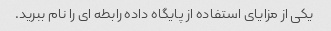
یکی از مزایای استفاده از پایگاه داده رابطه ای را نام ببرید.